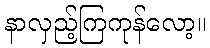
နာလှည့်ကြကုန်လော့။